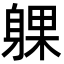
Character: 躶